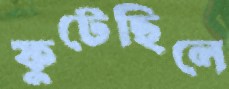
ফুটেছিলে